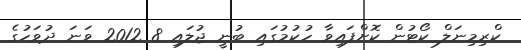
ކްރިމިނަލް ކޯޓުން ކޮށްފައިވާ ހުކުމުގައި ބުނީ ޖުލައި 8 2012 ވަނަ ދުވަހުގެ